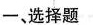
一、选择题